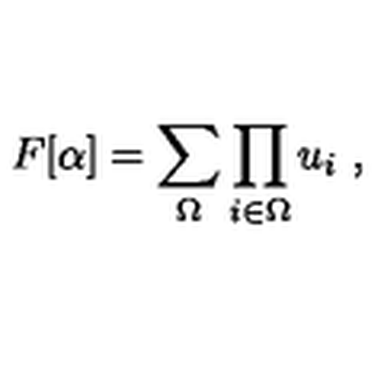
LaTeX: F [ \alpha ] = \sum _ { \Omega } \prod _ { i \in \Omega } u _ { i } \ ,